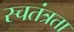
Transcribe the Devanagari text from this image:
स्चतंत्रता